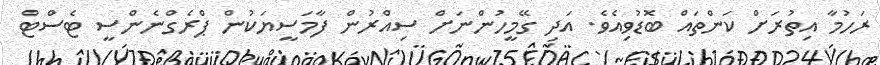
ރަހުމާ އިތުރަށް ކަންތައް ބޮޑުވިއެވެ. އަދި ގޭމީހުންނަށް ސިއްރުން ފާމަސީޔަކުން ޕްރެގްނެންސީ ޓެސްޓް